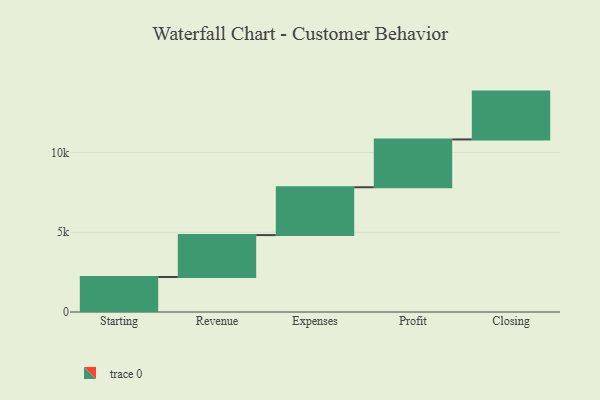
{"axis": {"x": "Step", "y": "Value"}, "legend": [""], "data": [{"x": "Starting", "y": 2196.0, "type": ""}, {"x": "Revenue", "y": 2629.0, "type": ""}, {"x": "Expenses", "y": 3000, "type": ""}, {"x": "Profit", "y": 3000, "type": ""}, {"x": "Closing", "y": 3000, "type": ""}]}